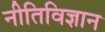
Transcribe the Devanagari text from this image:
नीतिविज्ञान